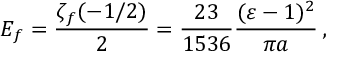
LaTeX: E _ { f } = \frac { \zeta _ { f } ( - 1 / 2 ) } { 2 } = \frac { 2 3 } { 1 5 3 6 } \frac { ( \varepsilon - 1 ) ^ { 2 } } { \pi a } \, ,